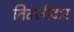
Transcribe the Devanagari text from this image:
तितलीदार